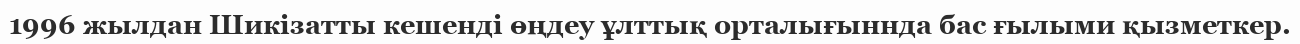
1996 жылдан Шикізатты кешенді өңдеу ұлттық орталығыннда бас ғылыми қызметкер.